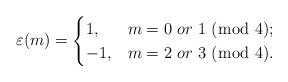
\begin{gather*}\varepsilon (m)=\begin{cases} 1, & m = 0 \ or \ 1 \;(\bmod\; 4);\\ -1, & m = 2 \ or \ 3 \;(\bmod\; 4). \end{cases}\end{gather*}